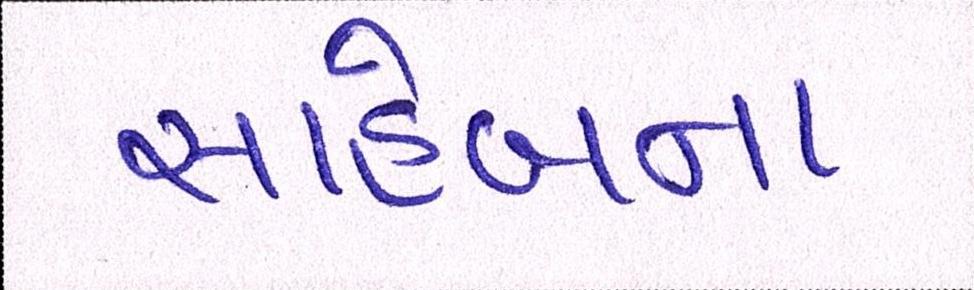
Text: સાહેબના